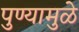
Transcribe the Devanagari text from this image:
पुण्यामुळे